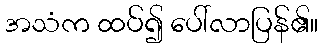
အသံက ထပ်၍ ပေါ်လာပြန်၏။